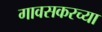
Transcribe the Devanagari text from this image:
गावसकरच्या